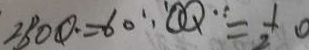
2 B O Q = 6 0 \because O Q ^ { \because } = \frac { 1 } { 2 } 0